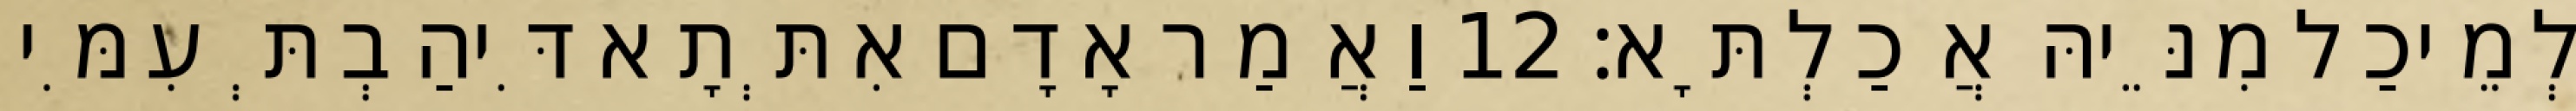
לְמֵיכַל מִנֵּיהּ אֲכַלְתָּא׃ 12 וַאֲמַר אָדָם אִתְּתָא דִּיהַבְתְּ עִמִּי